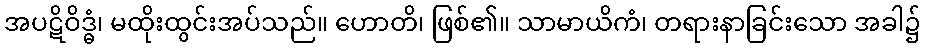
အပဋိဝိဒ္ဓံ၊ မထိုးထွင်းအပ်သည်။ ဟောတိ၊ ဖြစ်၏။ သာမာယိကံ၊ တရားနာခြင်းသော အခါ၌